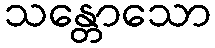
သန္တောသော